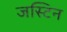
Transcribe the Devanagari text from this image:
जस्‍टिन